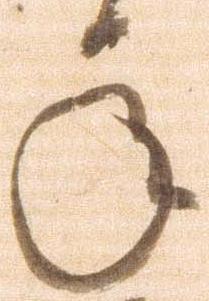
承